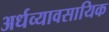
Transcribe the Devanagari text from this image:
अर्धव्यावसायिक